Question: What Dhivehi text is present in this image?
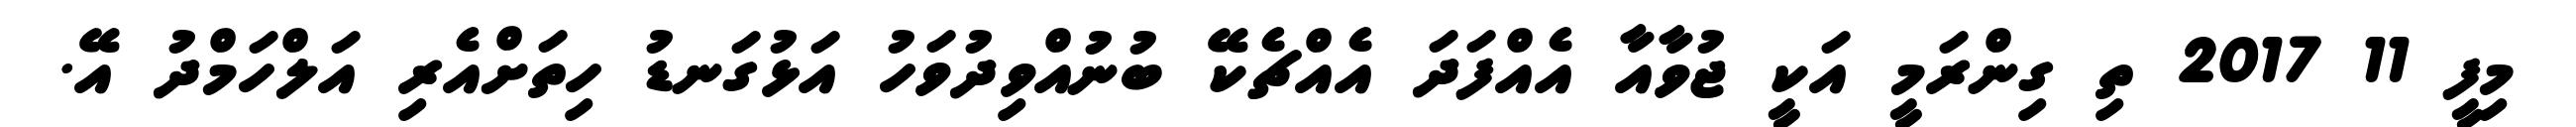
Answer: މިފީ 11 2017 ތި ގިންރަމީ އަކީ ޖުވާއާ އެއްފަދަ އެއްޗެކޭ ބުނުއްވިދުވަހު އަޅުގަނޑު ހިތަށްއެރި އަލްހަމްދު އޭ.